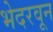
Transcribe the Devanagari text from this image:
भेदरवून